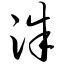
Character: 洙